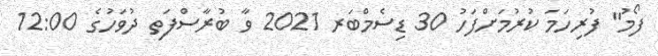
ފޯމު" ފުރިހަމަ ކުރުމަށްފަހު 30 ޑިސެމްބަރ 2021 ވާ ބުރާސްފަތި ދުވަހުގެ 12:00